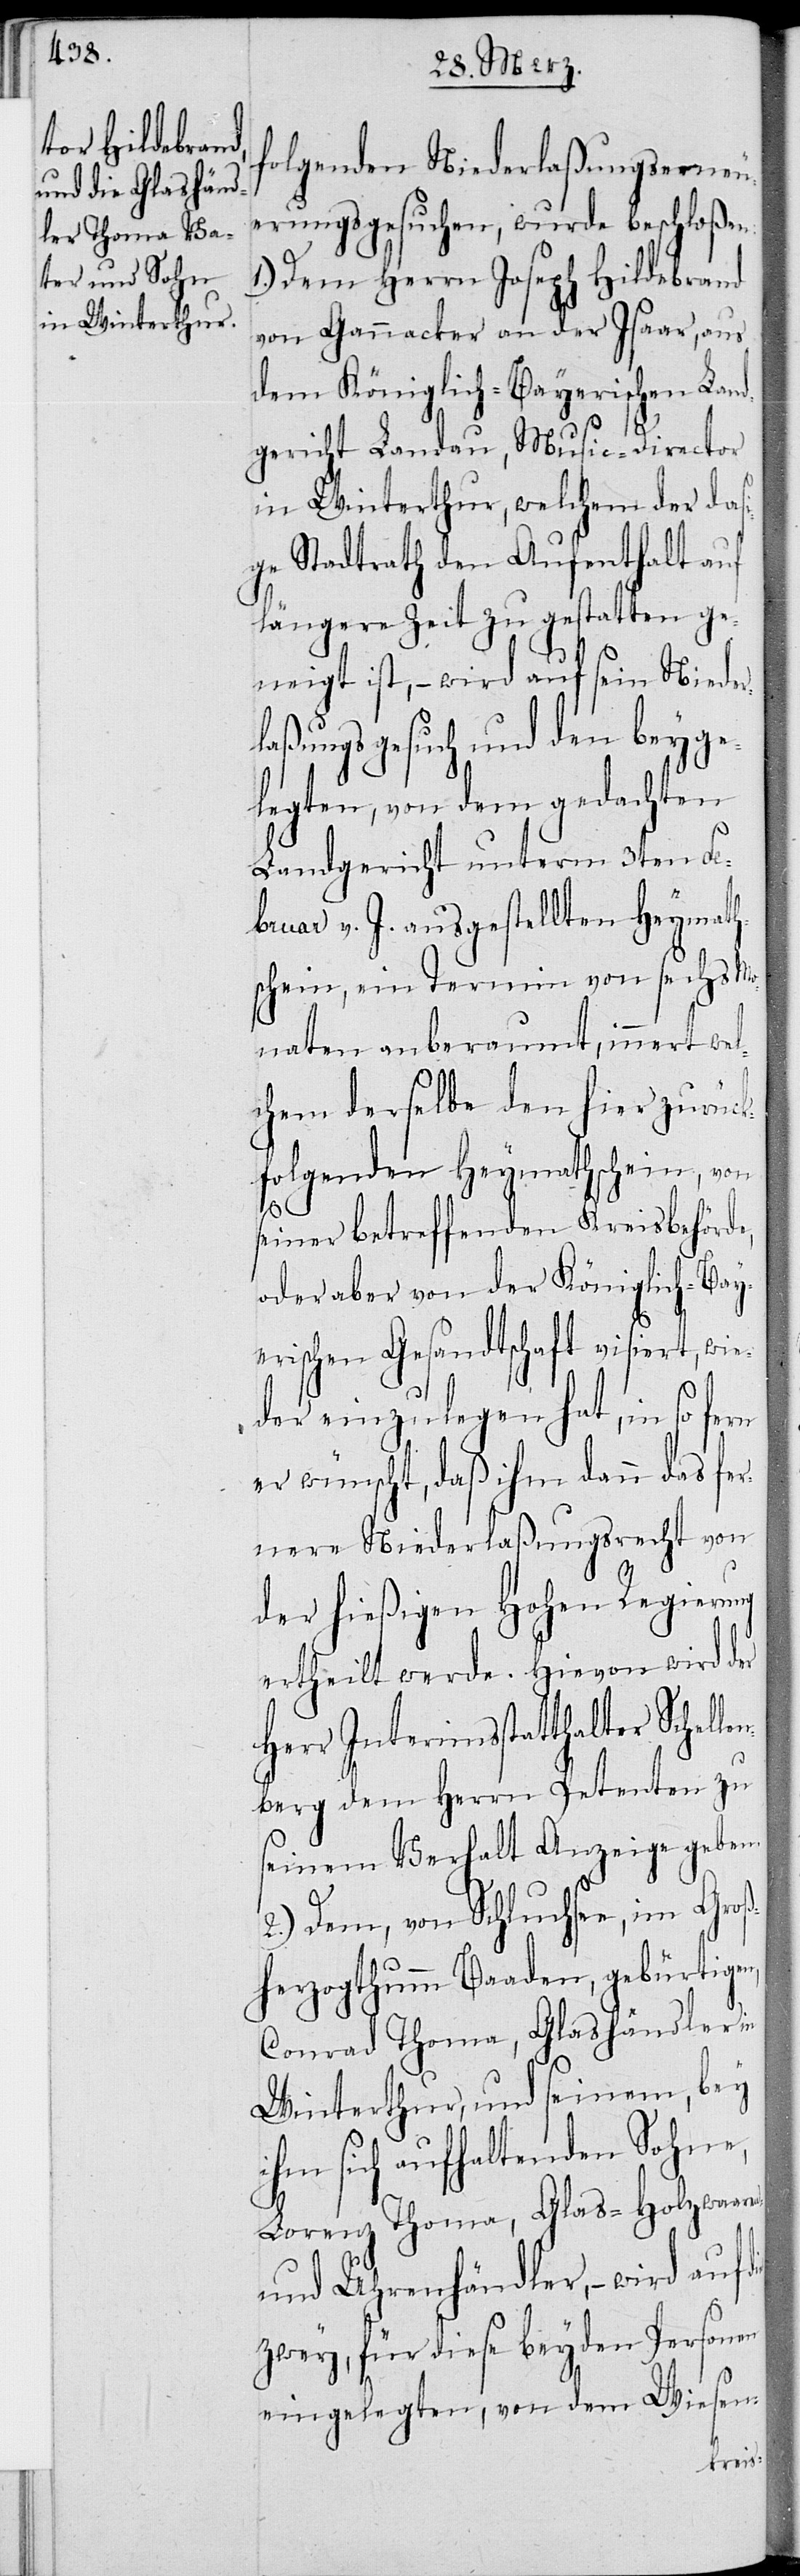
folgenden Niederlaßungserneu¬
erungsgesuchen, wurde beschloßen:
1.) Dem Herrn Joseph Hildebrand
von Gannacker an der Isaar, aus
dem Königlich-Bayerischen Land¬
gericht Landau, Music-Director
in Winterthur, welchem der das¬
ige Stadtrath den Aufenthalt auf
längere Zeit zu gestatten ge¬
neigt ist, – wird auf sein Nieder¬
laßungsgesuch und den beyge¬
legten, von dem gedachten
Landgericht unterm 3ten Fe¬
bruar v. J. ausgestellten Heymath¬
schein, ein Termin von sechs Mo¬
naten anberaumt, innert wel¬
chen derselbe den hier zurück¬
folgenden Heymathschein, von
seiner betreffenden Kreisbehörde,
oder aber von der Königlich-Bay¬
erischen Gesandtschaft visiert, wie¬
der einzulegen hat, in so fern
er wünscht, daß ihm dann das fer¬
nere Niederlaßungsrecht von
der hießigen Hohen Regierung
ertheilt werde. Hievon wird der
Herr Interimsstatthalter Schell¬
enberg dem Herrn Petenten zu
seinem Verhalt Anzeige geben.
2.) Dem, von Schluchsee, im Groß¬
herzogthumm Baaden, gebürtigen,
Conrad Thoma, Glashändler in
Winterthur, und seinem, bey
ihm sich aufhaltenden Sohne,
Lorenz Thoma, Glas-[,] Holzwaaren-
und Uhrenhändler, – wird auf
zwey, für diese beyden Personen
eingelegten, von dem Wiesen-